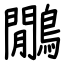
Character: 鷳